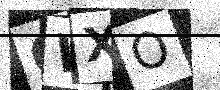
Text: CWXO